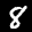
Label: 8